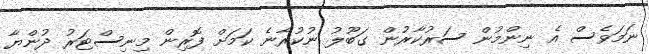
ނަމަވެސް އެ ނިންމުން ސަރުކާރުން ގަބޫލު ނުކުރާނެ ކަމަށް ފޮރިން މިނިސްޓަރު ދުންޔާ